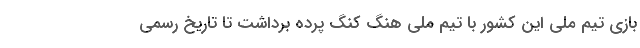
بازی تیم ملی این کشور با تیم ملی هنگ کنگ پرده برداشت تا تاریخ رسمی